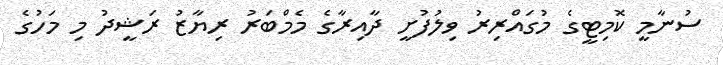
ސުނާމީ ކޮމިޓީގެ މުގައްރިރު ވިލުފުށީ ދާއިރާގެ މެމްބަރު ރިޔާޒު ރަޝީދު މި މަހުގެ